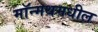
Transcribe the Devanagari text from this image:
मॉन्मथमधील